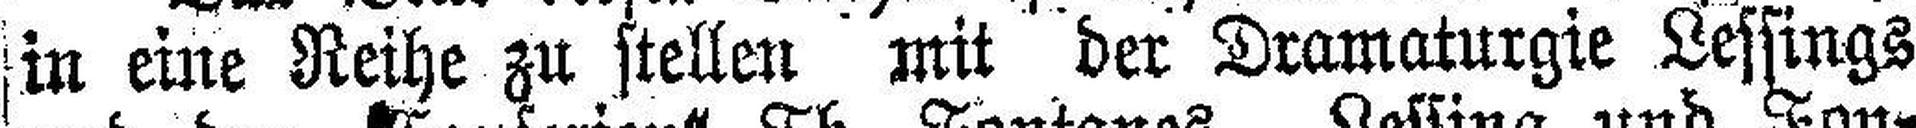
in eine Reihe zu stellen mit der Dramaturgie Lessings